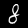
Digit: 8